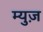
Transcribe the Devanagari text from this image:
म्युज़